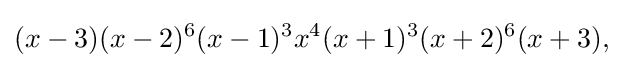
(x-3)(x-2)^{6}(x-1)^{3}x^{4}(x+1)^{3}(x+2)^{6}(x+3),\